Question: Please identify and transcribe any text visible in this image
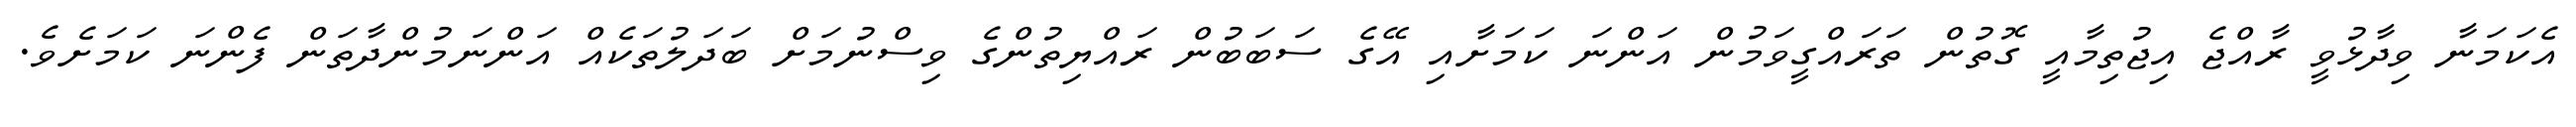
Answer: އެކަމަނާ ވިދާޅުވީ ރާއްޖެ އިޖުތިމާއީ ގޮތުން ތަރައްގީވަމުން އަންނަ ކަމަށާއި އޭގެ ސަބަބުން ރައްޔިތުންގެ ވިސްނުމަށް ބަދަލުތަކެއް އަންނަމުންދާތަން ފެންނަ ކަމަށެވެ.